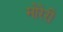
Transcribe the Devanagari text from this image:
मोरेरी